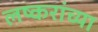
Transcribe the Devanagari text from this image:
लष्करांच्या